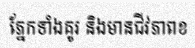
ភ្នែកទាំងគូរ និងមានជីវភាពខ